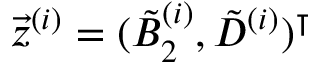
\vec { z } ^ { ( i ) } = ( \tilde { B } _ { 2 } ^ { ( i ) } , \tilde { D } ^ { ( i ) } ) ^ { \intercal }